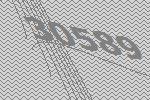
30589